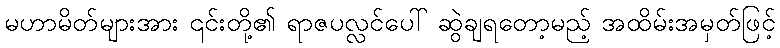
မဟာမိတ်များအား ၎င်းတို့၏ ရာဇပလ္လင်ပေါ် ဆွဲချရတော့မည့် အထိမ်းအမှတ်ဖြင့်